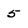
Character: 5